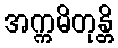
အက္ကမိတုန္တိ